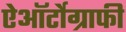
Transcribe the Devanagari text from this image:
ऐऑर्टोग्राफी